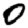
Digit: 0